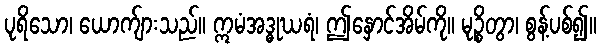
ပုရိသော၊ ယောက်ျားသည်။ ဣမံအဒ္ဓုဃရံ၊ ဤနှောင်အိမ်ကို။ မုဉ္စိတွာ၊ စွန့်ပစ်၍။